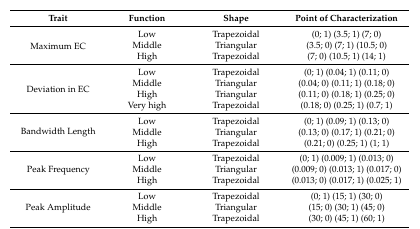
<table><thead><tr><td><b>Trait</b></td><td><b>Function</b></td><td><b>Shape</b></td><td><b>Point of Characterization</b></td></tr></thead><tbody><tr><td rowspan="3">Maximum EC</td><td>Low</td><td>Trapezoidal</td><td>(0; 1) (3.5; 1) (7; 0)</td></tr><tr><td>Middle</td><td>Triangular</td><td>(3.5; 0) (7; 1) (10.5; 0)</td></tr><tr><td>High</td><td>Trapezoidal</td><td>(7; 0) (10.5; 1) (14; 1)</td></tr><tr><td rowspan="4">Deviation in EC</td><td>Low</td><td>Trapezoidal</td><td>(0; 1) (0.04; 1) (0.11; 0)</td></tr><tr><td>Middle</td><td>Triangular</td><td>(0.04; 0) (0.11; 1) (0.18; 0)</td></tr><tr><td>High</td><td>Triangular</td><td>(0.11; 0) (0.18; 1) (0.25; 0)</td></tr><tr><td>Very high</td><td>Trapezoidal</td><td>(0.18; 0) (0.25; 1) (0.7; 1)</td></tr><tr><td rowspan="3">Bandwidth Length</td><td>Low</td><td>Trapezoidal</td><td>(0; 1) (0.09; 1) (0.13; 0)</td></tr><tr><td>Middle</td><td>Triangular</td><td>(0.13; 0) (0.17; 1) (0.21; 0)</td></tr><tr><td>High</td><td>Trapezoidal</td><td>(0.21; 0) (0.25; 1) (1; 1)</td></tr><tr><td rowspan="3">Peak Frequency</td><td>Low</td><td>Trapezoidal</td><td>(0; 1) (0.009; 1) (0.013; 0)</td></tr><tr><td>Middle</td><td>Triangular</td><td>(0.009; 0) (0.013; 1) (0.017; 0)</td></tr><tr><td>High</td><td>Trapezoidal</td><td>(0.013; 0) (0.017; 1) (0.025; 1)</td></tr><tr><td rowspan="3">Peak Amplitude</td><td>Low</td><td>Trapezoidal</td><td>(0; 1) (15; 1) (30; 0)</td></tr><tr><td>Middle</td><td>Triangular</td><td>(15; 0) (30; 1) (45; 0)</td></tr><tr><td>High</td><td>Trapezoidal</td><td>(30; 0) (45; 1) (60; 1)</td></tr></tbody></table>